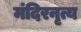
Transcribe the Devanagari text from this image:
मंदिरनृत्य